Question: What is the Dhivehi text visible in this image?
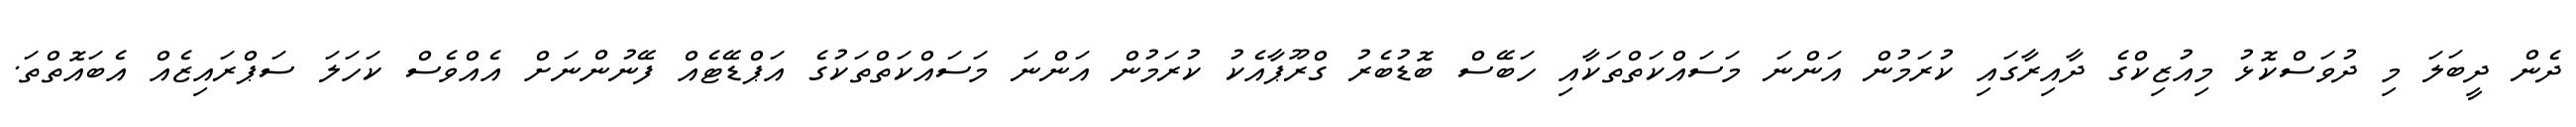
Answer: ދެން ދީބަލަ މި ދުވަސްކޮޅު މިއުޒިކްގެ ދާއިރާގައި ކުރަމުން އަންނަ މަސައްކަތްތަކާއި ހަބޭސް ބޮޑުބެރު ގްރޫޕާއެކު ކުރަމުން އަންނަ މަސައްކަތްތަކުގެ އަޕްޑޭޓެއް ފޭނުންނަށް އެއްވެސް ކަހަލަ ސަޕްރައިޒެއް އެބައޮތްތަ.